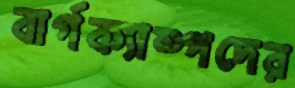
বার্গক্যাম্পদের